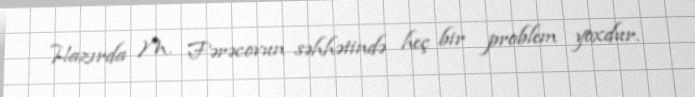
Hazırda M. Fərəcovun səhhətində heç bir problem yoxdur.